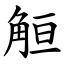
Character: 䚙